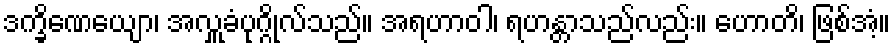
ဒက္ခိဏေယျော၊ အလှူခံပုဂ္ဂိုလ်သည်။ အရဟာဝါ၊ ရဟန္တာသည်လည်း။ ဟောတိ၊ ဖြစ်အံ့။